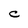
Character: C